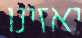
יאזינו